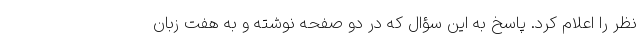
نظر را اعلام کرد. پاسخ به این سؤال که در دو صفحه نوشته و به هفت زبان